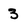
Character: 3